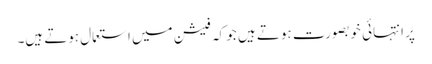
پَر انتہائی خوبصورت ہوتے ہیں جو کہ فیشن میں استعمال ہوتے ہیں۔